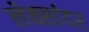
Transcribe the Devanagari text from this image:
लेक्सांदर